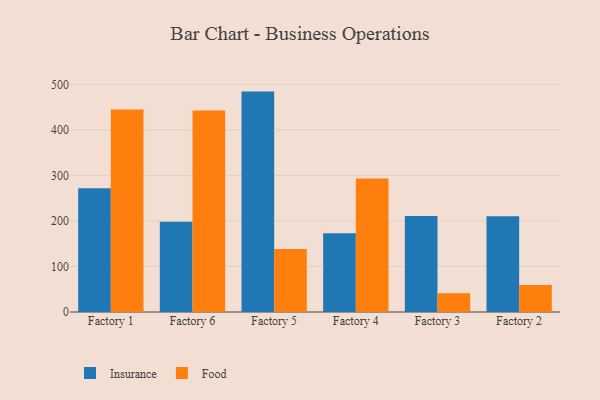
{"axis": {"x": "Factory", "y": "Headcount"}, "legend": ["Food", "Insurance"], "data": [{"x": "Factory 1", "y": 271.7, "type": "Insurance"}, {"x": "Factory 1", "y": 444.9, "type": "Food"}, {"x": "Factory 6", "y": 198.1, "type": "Insurance"}, {"x": "Factory 6", "y": 442.7, "type": "Food"}, {"x": "Factory 5", "y": 484.2, "type": "Insurance"}, {"x": "Factory 5", "y": 138.5, "type": "Food"}, {"x": "Factory 4", "y": 172.8, "type": "Insurance"}, {"x": "Factory 4", "y": 293.5, "type": "Food"}, {"x": "Factory 3", "y": 210.9, "type": "Insurance"}, {"x": "Factory 3", "y": 41.2, "type": "Food"}, {"x": "Factory 2", "y": 210.4, "type": "Insurance"}, {"x": "Factory 2", "y": 59.5, "type": "Food"}]}